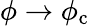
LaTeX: \phi\to\phi_{\mathrm{c}}